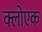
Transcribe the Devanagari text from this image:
क्लोएक